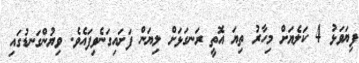
ފިޔަވަޅު 4 ކަލެޔަށް މިހާރު ތިޔަ އޮތީ ރަނގަޅަށް ލިޔަން ފަށައިގަނެވިފައެވެ. ވިޔުންގަނޑުގައި